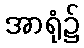
အာရုံ၌